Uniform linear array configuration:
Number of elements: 24
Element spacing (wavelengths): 1
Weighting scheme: kaiser
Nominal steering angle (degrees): -60
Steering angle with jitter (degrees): -58.44
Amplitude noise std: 0.05
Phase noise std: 0.05

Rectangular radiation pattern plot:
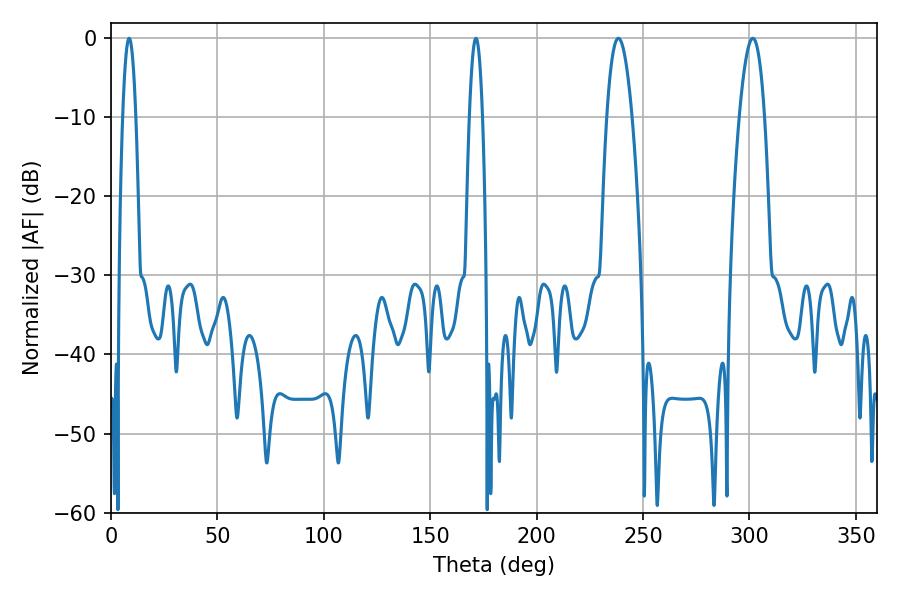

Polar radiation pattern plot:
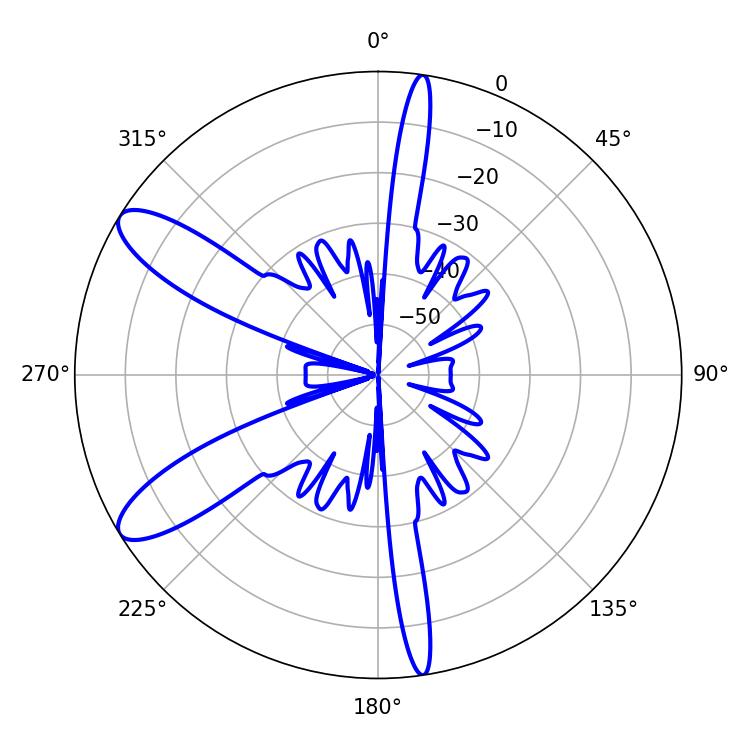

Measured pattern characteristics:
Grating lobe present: TRUE
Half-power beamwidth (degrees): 6.48
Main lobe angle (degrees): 301.5